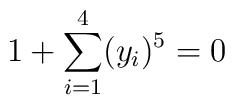
1 + \sum_{i=1}^4 (y_i)^5 = 0